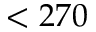
< 2 7 0